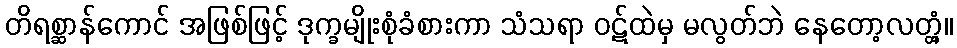
တိရစ္ဆာန်ကောင် အဖြစ်ဖြင့် ဒုက္ခမျိုးစုံခံစားကာ သံသရာ ဝဋ်ထဲမှ မလွတ်ဘဲ နေတော့လတ္တံ့။